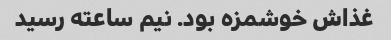
غذاش خوشمزه بود. نیم ساعته رسید